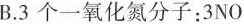
B.3个一氧化氮分子：3NO